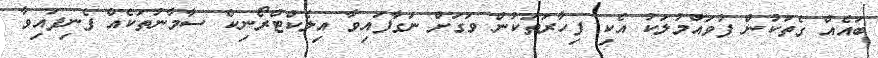
ބައެއް ގެތަކުން ފުވައްމުލަކު އެކި ފިހާރަތަކުން ވަގަށް ނަގާފައިވާ އިލެކްޓްރޯނިކް ސާމާނުތަކެއް ފެނިފައިވާ